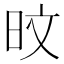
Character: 旼